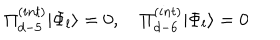
\Pi _ { d - 5 } ^ { ( i n t ) } | \Phi _ { l } \rangle = 0 , \quad \Pi _ { d - 6 } ^ { ( i n t ) } | \Phi _ { l } \rangle = 0